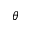
\theta